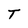
Character: T